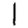
Digit: 1